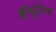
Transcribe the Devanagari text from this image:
ऑगुस्तिन